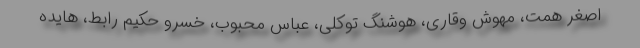
اصغر همت، مهوش وقاری، هوشنگ توکلی، عباس محبوب، خسرو حکیم رابط، هایده